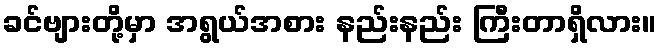
ခင်ဗျားတို့မှာ အရွယ်အစား နည်းနည်း ကြီးတာရှိလား။